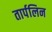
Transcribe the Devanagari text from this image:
तार्पलिन